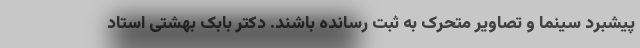
پیشبرد سینما و تصاویر متحرک به ثبت رسانده باشند. دکتر بابک بهشتی استاد